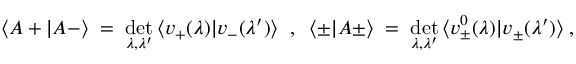
\langle A + | A - \rangle \; = \; \operatorname * { d e t } _ { \lambda , \lambda ^ { \prime } } \, \langle v _ { + } ( \lambda ) | v _ { - } ( \lambda ^ { \prime } ) \rangle \; \; , \; \; \langle \pm | A \pm \rangle \; = \; \operatorname * { d e t } _ { \lambda , \lambda ^ { \prime } } \, \langle v _ { \pm } ^ { 0 } ( \lambda ) | v _ { \pm } ( \lambda ^ { \prime } ) \rangle \; ,